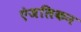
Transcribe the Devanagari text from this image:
एंजलिकन